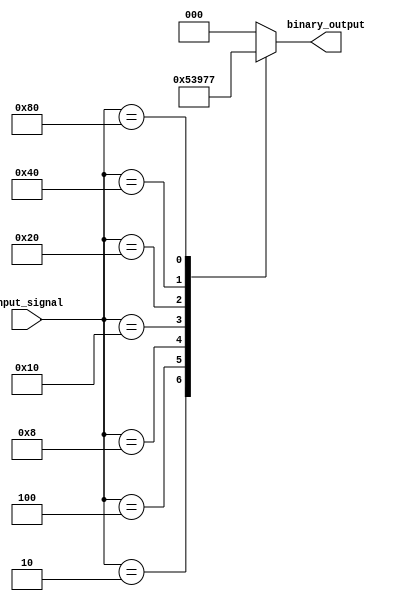
module Encoder(
  input [7:0] input_signal,
  output reg [2:0] binary_output
);

always @(*)
begin
  case(input_signal)
    8'b00000001:
      binary_output <= 3'b000;
    8'b00000010:
      binary_output <= 3'b001;
    8'b00000100:
      binary_output <= 3'b010;
    8'b00001000:
      binary_output <= 3'b011;
    8'b00010000:
      binary_output <= 3'b100;
    8'b00100000:
      binary_output <= 3'b101;
    8'b01000000:
      binary_output <= 3'b110;
    8'b10000000:
      binary_output <= 3'b111;
    default:
      binary_output <= 3'b000; // default output
  endcase
end

endmodule